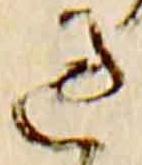
過